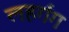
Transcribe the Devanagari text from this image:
लहर्गंग